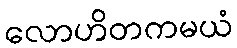
လောဟိတကမယံ